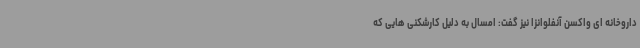
داروخانه ای واکسن آنفلوانزا نیز گفت: امسال به دلیل کارشکنی هایی که